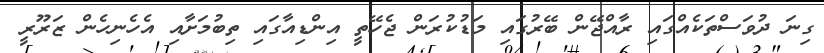
ގިނަ ދުވަސްތަކެއްގައި ރާއްޖޭން ބޭރުގައި މަޑުކުރަން ޖެހޭތީ އިންޑިއާގައި ތިބުމަށާއި އެހެނިހެން ޒަރޫރީ